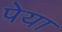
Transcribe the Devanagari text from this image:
पेया